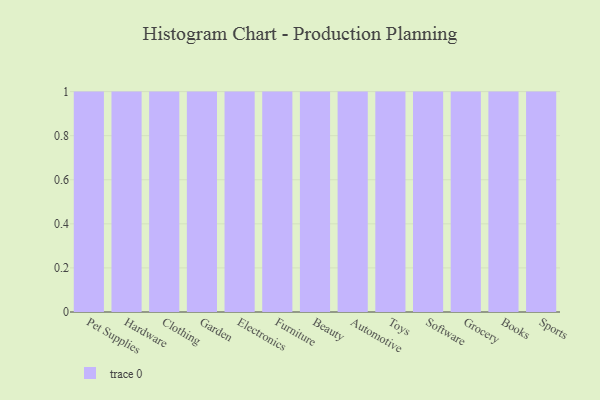
{"axis": {"x": "Category", "y": "Bounce Rate (%)"}, "legend": [""], "data": [{"x": "Pet Supplies", "y": 82, "type": ""}, {"x": "Hardware", "y": 41, "type": ""}, {"x": "Clothing", "y": 43, "type": ""}, {"x": "Garden", "y": 59, "type": ""}, {"x": "Electronics", "y": 41, "type": ""}, {"x": "Furniture", "y": 67, "type": ""}, {"x": "Beauty", "y": 97, "type": ""}, {"x": "Automotive", "y": 89, "type": ""}, {"x": "Toys", "y": 74, "type": ""}, {"x": "Software", "y": 62, "type": ""}, {"x": "Grocery", "y": 97, "type": ""}, {"x": "Books", "y": 93, "type": ""}, {"x": "Sports", "y": 85, "type": ""}]}